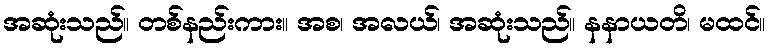
အဆုံးသည်။ တစ်နည်းကား။ အစ၊ အလယ်၊ အဆုံးသည်။ နနာယတိ၊ မထင်။